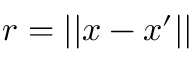
r = | | \boldsymbol { x } - \boldsymbol { x } ^ { \prime } | |